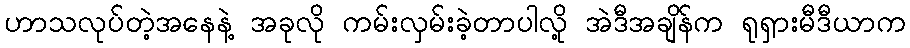
ဟာသလုပ်တဲ့အနေနဲ့ အခုလို ကမ်းလှမ်းခဲ့တာပါလို့ အဲဒီအချိန်က ရုရှားမီဒီယာက